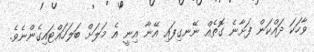
ވާހަކަ ދައްކަން ފަށާނެ ގޮތެއް ނޭނގިފައި އޭނާ އިނީ އެ މަލަށް ބަލަހައްޓައިގެންނެވެ.